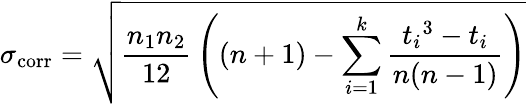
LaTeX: \sigma_{\mathrm{corr}}={\sqrt{{\frac{n_{1}n_{2}}{12}}\left((n+1)-\sum_{i=1}^{k}{\frac{{t_{i}}^{3}-t_{i}}{n(n-1)}}\right)}}